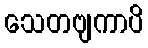
သေတဗျကာပိ